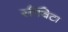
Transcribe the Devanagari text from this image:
सीविटा